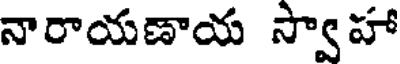
నారాయణాయ స్వాహా